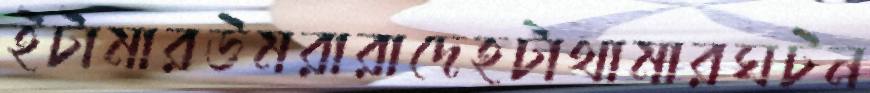
ইটামারউমরারাদেহটাথামারঘটন